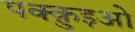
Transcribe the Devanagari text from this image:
पक्क़ुइओ